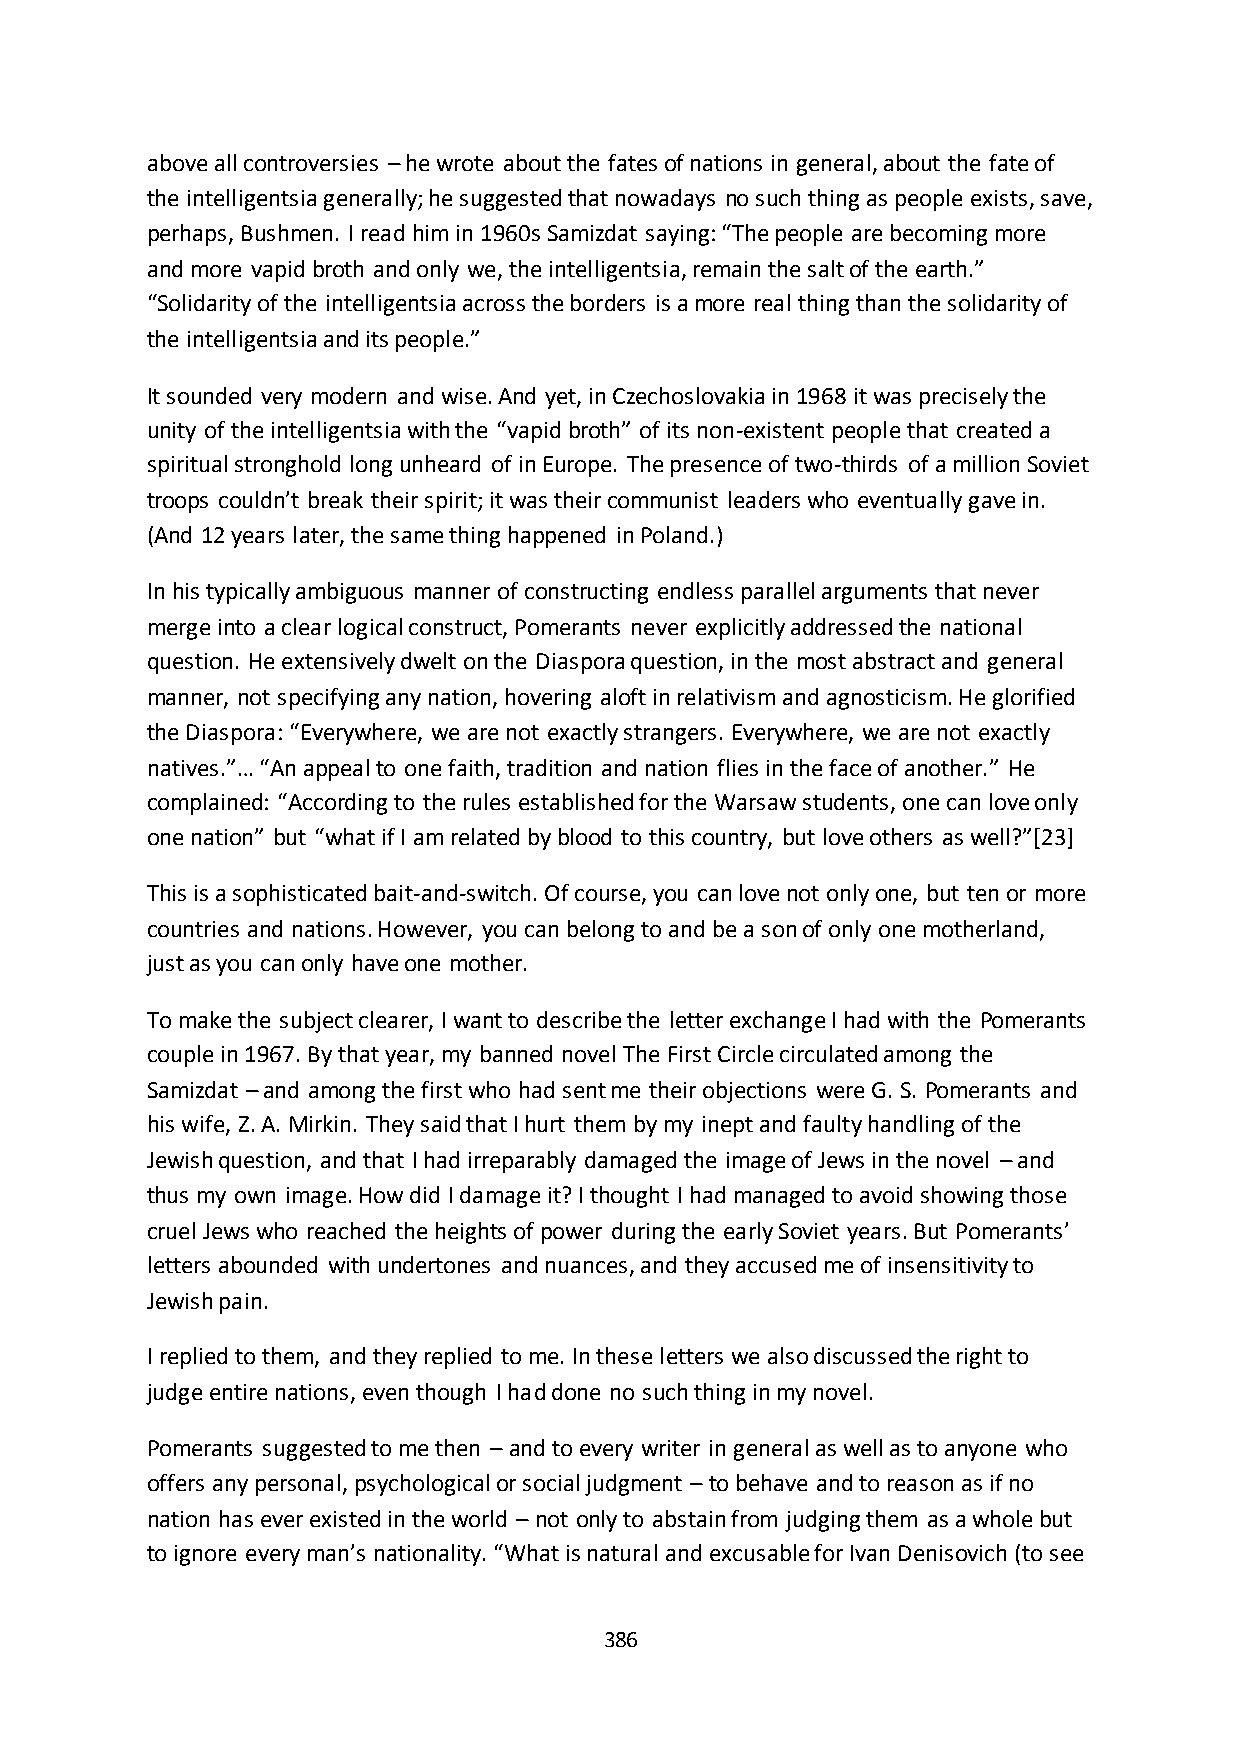
above all controversies – he wrote about the fates of nations in general, about the fate of
 the intelligentsia generally; he suggested that nowadays no such thing as people exists, save,
 perhaps, Bushmen. I read him in 1960s Samizdat saying: “The people are becoming more
 and more vapid broth and only we, the intelligentsia, remain the salt of the earth.”
 “Solidarity of the intelligentsia across the borders is a more real thing than the solidarity of
 the intelligentsia and its people.”
 It sounded very modern and wise. And yet, in Czechoslovakia in 1968 it was precisely the
 unity of the intelligentsia with the “vapid broth” of its non-existent people that created a
 spiritual stronghold long unheard of in Europe. The presence of two-thirds of a million Soviet
 troops couldn’t break their spirit; it was their communist leaders who eventually gave in.
 (And 12 years later, the same thing happened in Poland.)
 In his typically ambiguous manner of constructing endless parallel arguments that never
 merge into a clear logical construct, Pomerants never explicitly addressed the national
 question. He extensively dwelt on the Diaspora question, in the most abstract and general
 manner, not specifying any nation, hovering aloft in relativism and agnosticism. He glorified
 the Diaspora: “Everywhere, we are not exactly strangers. Everywhere, we are not exactly
 natives.”… “An appeal to one faith, tradition and nation flies in the face of another.” He
 complained: “According to the rules established for the Warsaw students, one can love only
 one nation” but “what if I am related by blood to this country, but love others as well?”*23+
 This is a sophisticated bait-and-switch. Of course, you can love not only one, but ten or more
 countries and nations. However, you can belong to and be a son of only one motherland,
 just as you can only have one mother.
 To make the subject clearer, I want to describe the letter exchange I had with the Pomerants
 couple in 1967. By that year, my banned novel The First Circle circulated among the
 Samizdat – and among the first who had sent me their objections were G. S. Pomerants and
 his wife, Z. A. Mirkin. They said that I hurt them by my inept and faulty handling of the
 Jewish question, and that I had irreparably damaged the image of Jews in the novel – and
 thus my own image. How did I damage it? I thought I had managed to avoid showing those
 cruel Jews who reached the heights of power during the early Soviet years. But Pomerants’
 letters abounded with undertones and nuances, and they accused me of insensitivity to
 Jewish pain.
 I replied to them, and they replied to me. In these letters we also discussed the right to
 judge entire nations, even though I had done no such thing in my novel.
 Pomerants suggested to me then – and to every writer in general as well as to anyone who
 offers any personal, psychological or social judgment – to behave and to reason as if no
 nation has ever existed in the world – not only to abstain from judging them as a whole but
 to ignore every man’s nationality. “What is natural and excusable for Ivan Denisovich (to see
 386